Report of the Indian Hemp Drugs Commission, 1894-1895 - Volume VIII
Year: 1894
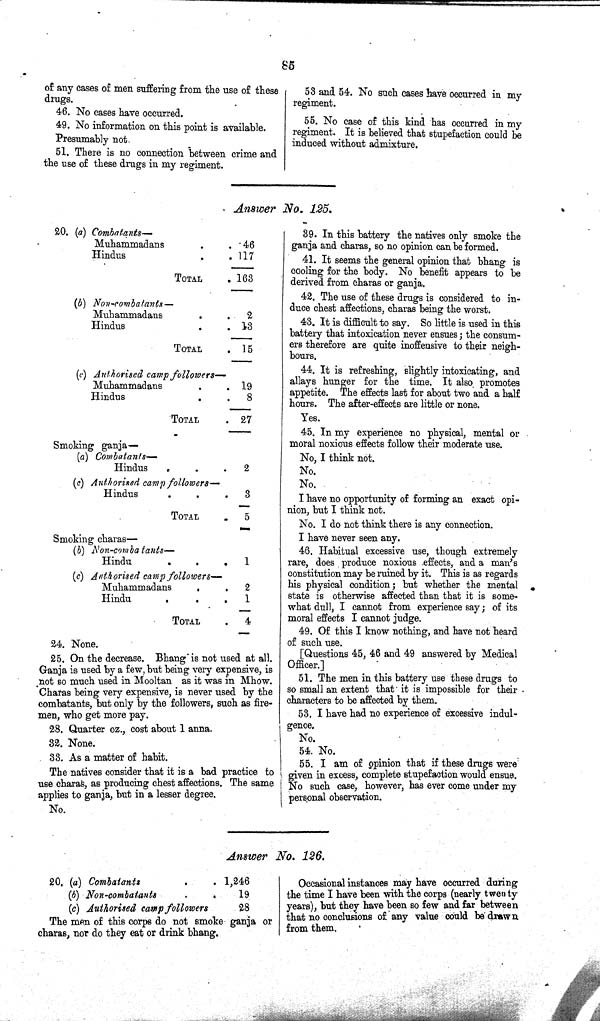
85
of any cases of men suffering from the use of these
drugs.
46. No cases have occurred.
49. No information on this point is available.
Presumably not.
51. There is no connection between crime and
the use of these drugs in my regiment.
53 and 54. No such cases have occurred in my
regiment.
55. No case of this kind has occurred in my
regiment. It is believed that stupefaction could be
induced without admixture.
Answer No. 125.
20. (a) Combatants—
Muhammadans
46
Hindus
117
TOTAL
163
(b) Non-combatants—
Muhammadans
2
Hindus
13
TOTAL
15
(c) Authorised camp followers—
Muhammadans
19
Hindus
8
TOTAL
27
Smoking ganja—
(a) Combatants—
Hindus
2
(c) Authorised camp followers—
Hindus
3
TOTAL
5
Smoking charas—
(b) Non-combatants—
Hindu
1
(c) Authorised camp followers—
Muhammadans
2
Hindu
1
TOTAL
4
24. None.
25. On the decrease. Bhang is not used at all.
Ganja is used by a few, but being very expensive, is
not so much used in Mooltan as it was in Mhow.
Charas being very expensive, is never used by the
combatants, but only by the followers, such as fire-
men, who get more pay.
28. Quarter oz., cost about 1 anna.
32. None.
33. As a matter of habit.
The natives consider that it is a bad practice to
use charas, as producing chest affections. The same
applies to ganja, but in a lesser degree.
No.
39. In this battery the natives only smoke the
ganja and charas, so no opinion can be formed.
41. It seems the general opinion that bhang is
cooling for the body. No benefit appears to be
derived from charas or ganja.
42. The use of these drugs is considered to in-
duce chest affections, charas being the worst.
43. It is difficult to say. So little is used in this
battery that intoxication never ensues; the consum-
ers therefore are quite inoffensive to their neigh-
bours.
44. It is refreshing, slightly intoxicating, and
allays hunger for the time. It also promotes
appetite. The effects last for about two and a half
hours. The after-effects are little or none.
Yes.
45. In my experience no physical, mental or
moral noxious effects follow their moderate use.
No, I think not.
No.
No.
I have no opportunity of forming an exact opi-
nion, but I think not.
No. I do not think there is any connection.
I have never seen any.
46. Habitual excessive use, though extremely
rare, does produce noxious effects, and a man's
constitution may be ruined by it. This is as regards
his physical condition; but whether the mental
state is otherwise affected than that it is some-
what dull, I cannot from experience say; of its
moral effects I cannot judge.
49. Of this I know nothing, and have not heard
of such use.
[Questions 45, 46 and 49 answered by Medical
Officer.]
51. The men in this battery use these drugs to
so small an extent that it is impossible for their
characters to be affected by them.
53. I have had no experience of excessive indul-
gence.
No.
54. No.
55. I am of opinion that if these drugs were
given in excess, complete stupefaction would ensue.
No such case, however, has ever come under my
personal observation.
Answer No. 126.
20. (a) Combatants
1,246
(b) Non-combatants
19
(c) Authorised camp followers
28
The men of this corps do not smoke ganja or
charas, nor do they eat or drink bhang.
Occasional instances may have occurred during
the time I have been with the corps (nearly twenty
years), but they have been so few and far between
that no conclusions of any value could be drawn
from them.